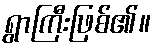
ရွာကြီးဖြစ်၏။